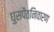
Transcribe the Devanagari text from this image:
घुसपैठनिवारण